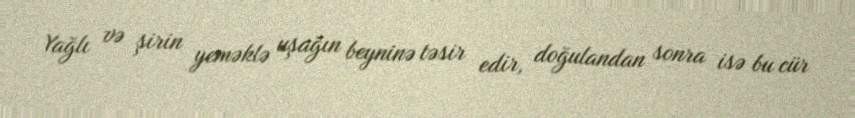
Yağlı və şirin yeməklə uşağın beyninə təsir edir, doğulandan sonra isə bu cür